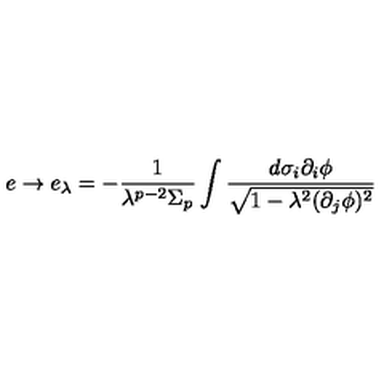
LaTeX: e \rightarrow e _ { \lambda } = - \frac { 1 } { \lambda ^ { p - 2 } \Sigma _ { p } } \int \frac { d \sigma _ { i } \partial _ { i } \phi } { \sqrt { 1 - \lambda ^ { 2 } ( \partial _ { j } \phi ) ^ { 2 } } }